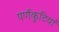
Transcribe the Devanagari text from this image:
पर्णकुटियां